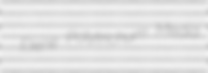
Elene Polytrichum Media